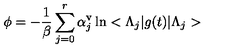
\phi = - \frac { 1 } { \beta } \sum _ { j = 0 } ^ { r } \alpha _ { j } ^ { \mathrm { v } } \ln < \Lambda _ { j } | g ( t ) | \Lambda _ { j } >